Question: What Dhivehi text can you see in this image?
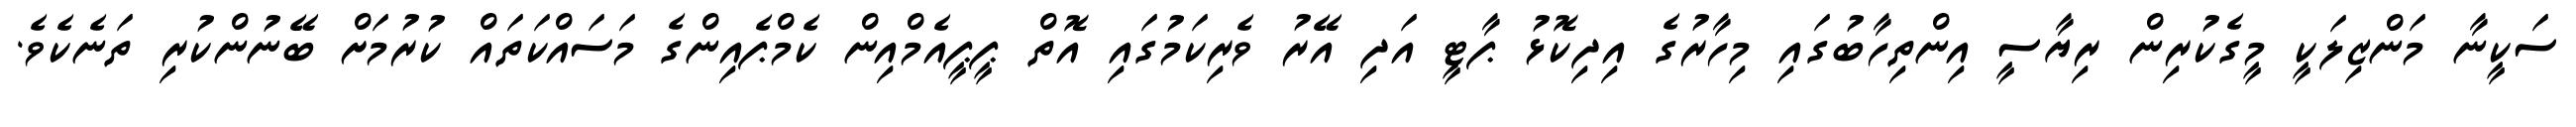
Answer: ސަކީނާ މަންޒިލަކީ މީގެކުރިން ރިޔާސީ އިންތިހާބުގައި މިހާރުގެ އިދިކޮޅު ޕާޓީ އަދި އޭރު ވެރިކަމުގައި އޮތް ޕީޕީއެމްއިން ކެމްޕެއިންގެ މަސައްކަތައް ކުރުމަށް ބޭނުންކުރި ތަނެކެވެ.